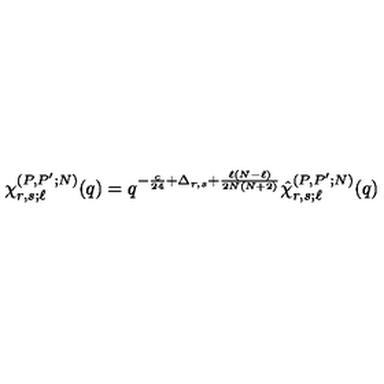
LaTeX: \chi _ { r , s ; \ell } ^ { ( P , P ^ { \prime } ; N ) } ( q ) = q ^ { - \frac { c } { 2 4 } + \Delta _ { r , s } + \frac { \ell ( N - \ell ) } { 2 N ( N + 2 ) } } \hat { \chi } _ { r , s ; \ell } ^ { ( P , P ^ { \prime } ; N ) } ( q )